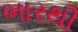
ભારથી